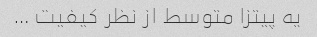
یه پیتزا متوسط از نظر کیفیت …